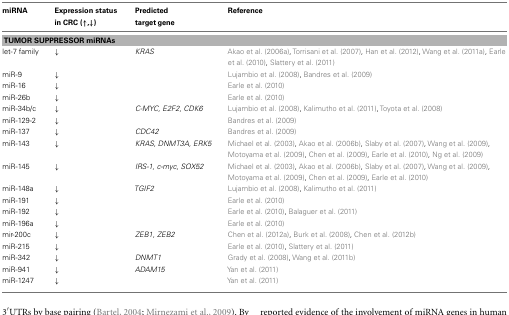
| miRNA | Expression status in CRC (↑,↓) | Predicted target gene | Reference |
 | --- | --- | --- | --- |
 | <COLSPAN=4> TUMOR SUPPRESSOR miRNAs |
 | let-7 family | ↓ | KRAS | Akao et al. (2006a), Torrisani et al. (2007), Han et al. (2012), Wang et al. (2011a), Earle et al. (2010), Slattery et al. (2011) |
 | miR-9 | ↓ |  | Lujambio et al. (2008), Bandres et al. (2009) |
 | miR-16 | ↓ |  | Earle et al. (2010) |
 | miR-26b | ↓ |  | Earle et al. (2010) |
 | miR-34b/c | ↓ | C-MYC, E2F2, CDK6 | Lujambio et al. (2008), Kalimutho et al. (2011), Toyota et al. (2008) |
 | miR-129-2 | ↓ |  | Bandres et al. (2009) |
 | miR-137 | ↓ | CDC42 | Bandres et al. (2009) |
 | miR-143 | ↓ | KRAS, DNMT3A, ERK5 | Michael et al. (2003), Akao et al. (2006b), Slaby et al. (2007), Wang et al. (2009), Motoyama et al. (2009), Chen et al. (2009), Earle et al. (2010), Ng et al. (2009) |
 | miR-145 | ↓ | IRS-1, c-myc, SOX52 | Michael et al. (2003), Akao et al. (2006b), Slaby et al. (2007), Wang et al. (2009), Motoyama et al. (2009), Chen et al. (2009), Earle et al. (2010) |
 | miR-148a | ↓ | TGIF2 | Lujambio et al. (2008), Kalimutho et al. (2011) |
 | miR-191 | ↓ |  | Earle et al. (2010) |
 | miR-192 | ↓ |  | Earle et al. (2010), Balaguer et al. (2011) |
 | miR-196a | ↓ |  | Earle et al. (2010) |
 | mir-200c | ↓ | ZEB1, ZEB2 | Chen et al. (2012a), Burk et al. (2008), Chen et al. (2012b) |
 | miR-215 | ↓ |  | Earle et al. (2010), Slattery et al. (2011) |
 | miR-342 | ↓ | DNMT1 | Grady et al. (2008), Wang et al. (2011b) |
 | miR-941 | ↓ | ADAM15 | Yan et al. (2011) |
 | miR-1247 | ↓ |  | Yan et al. (2011) |